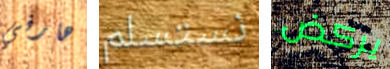
هارفي نستسلم يركض